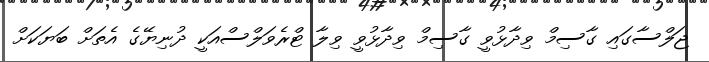
ޖަލްސާގައި ގާސިމް ވިދާޅުވީ ގާސިމް ވިދާޅުވީ ވިލާ ޓްރެވަލްސްއަކީ ދުނިޔޭގެ އެތަށް ބަޔަކަށް